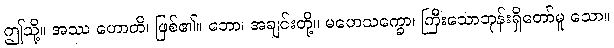
ဤသို့။ အဿ ဟောတိ၊ ဖြစ်၏။ ဘော၊ အချင်းတို့။ မဟေသက္ခော၊ ကြီးသောဘုန်းရှိတော်မူ သော။